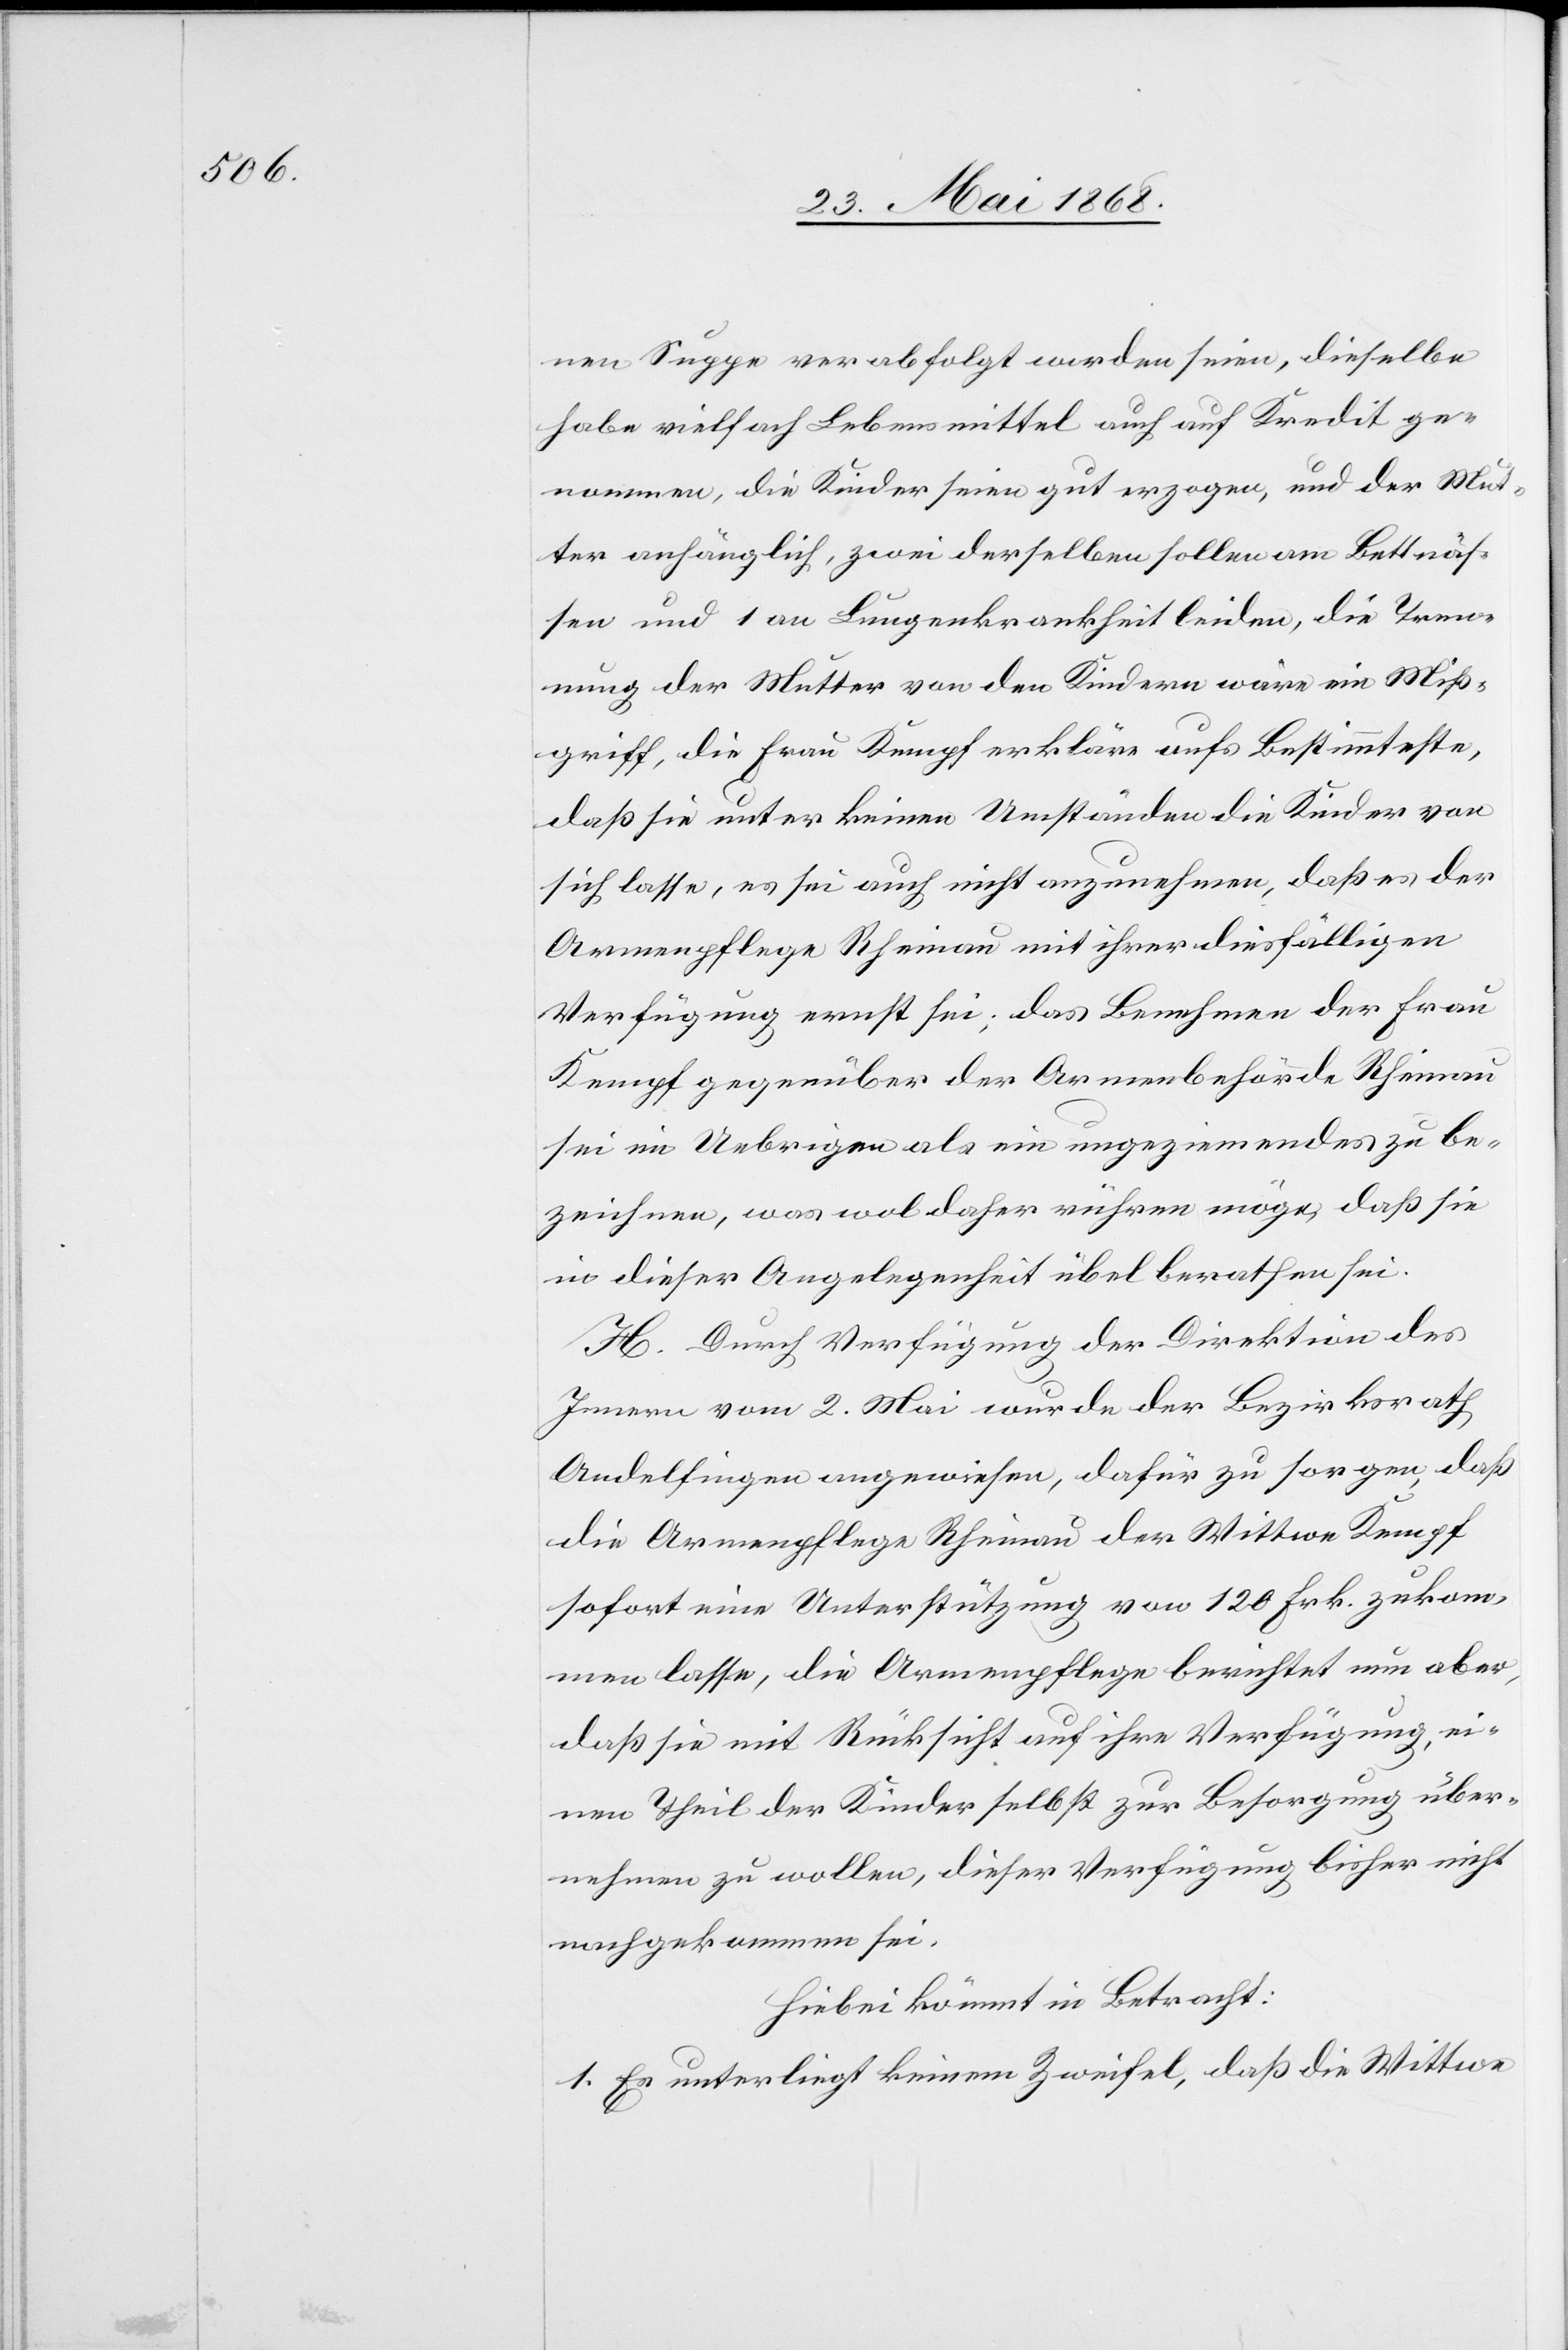
nen Suppe verabfolgt worden seien, dieselbe
habe vielfach Lebensmittel auch auf Kredit ge¬
nommen, die Kinder seien gut erzogen, und der Mut¬
ter anhänglich, zwei derselben sollen am Bettnäs¬
sen und 1 an Lungenkrankheit leiden, die Tren¬
nung der Mutter von den Kindern wäre ein Miß¬
griff, die Frau Kempf erkläre aufs Bestimmteste,
daß sie unter keinen Umständen die Kinder von
sich lasse, es sei auch nicht anzunehmen, daß es der
Armenpflege Rheinau mit ihrer diesfälligen
Verfügung ernst sei; das Benehmen der Frau
Kempf gegenüber der Armenbehörde Rheinau
sei im Uebrigen als ein ungeziemendes zu be¬
zeichnen, was wol daher rühren möge, daß sie
in dieser Angelegenheit übel berathen sei.
H. Durch Verfügung der Direktion des
Innern vom 2. Mai wurde der Bezirksrath
Andelfingen angewiesen, dafür zu sorgen, daß
die Armenpflege Rheinau der Wittwe Kempf
sofort eine Unterstützung von 120 Frk. zukom¬
men lasse, die Armenpflege berichtet nun aber,
daß sie mit Rücksicht auf ihre Verfügung, ei¬
nen Theil der Kinder selbst zur Besorgung über¬
nehmen zu wollen, dieser Verfügung bisher nicht
nachgekommen sei.
Hiebei kömmt in Betracht:
1. Es unterliegt keinem Zweifel, daß die Wittwe